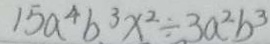
1 5 a ^ { 4 } b ^ { 3 } x ^ { 2 } \div 3 a ^ { 2 } b ^ { 3 }